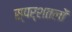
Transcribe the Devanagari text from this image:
स्पर्शतलों